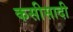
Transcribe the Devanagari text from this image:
कसीसादी